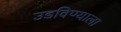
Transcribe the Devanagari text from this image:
उडविण्याला